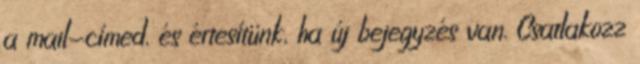
a mail-címed, és értesítünk, ha új bejegyzés van. Csatlakozz